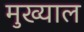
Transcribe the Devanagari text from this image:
मुख्याल